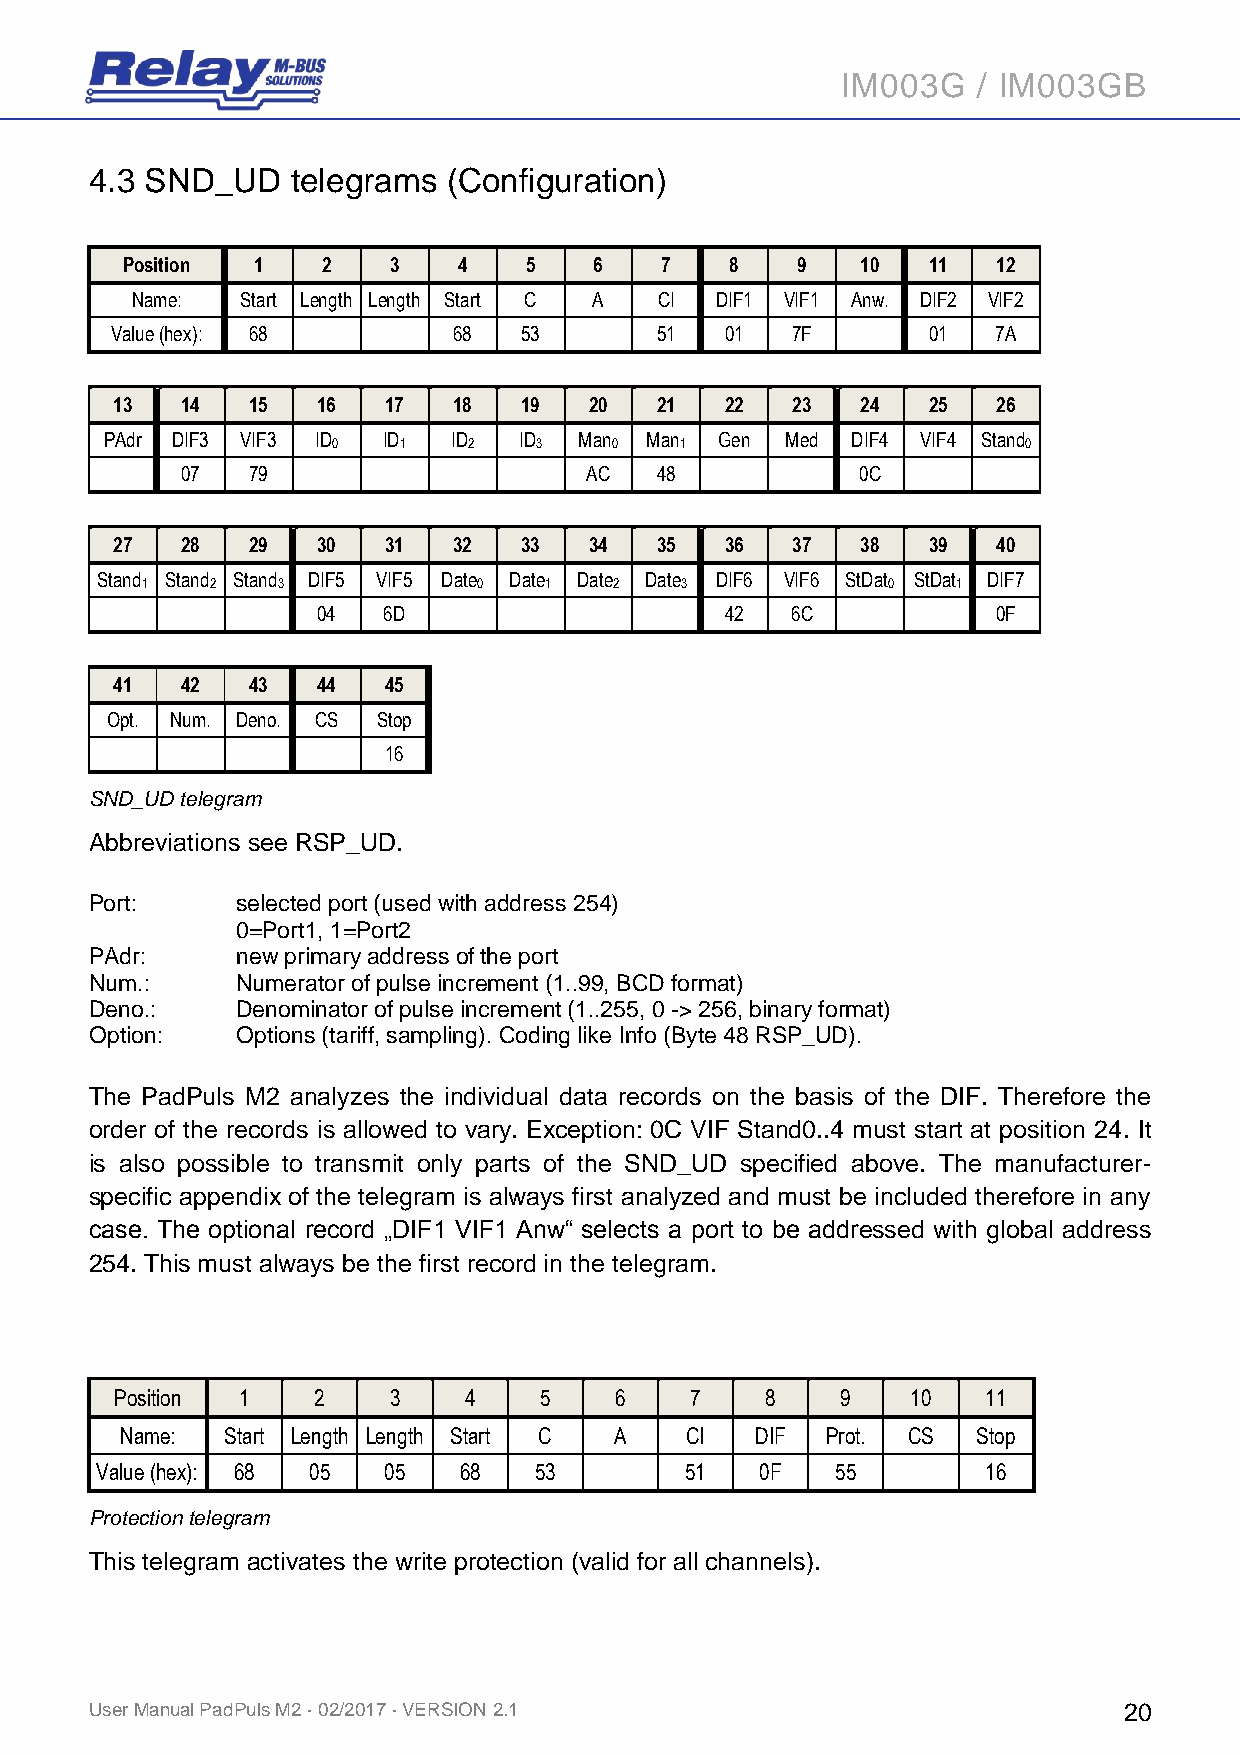
IM003G   / IM003GB
 4.3 SND_UD   telegrams  (Configuration)
 Position 1   2    3   4    5   6    7   8    9   10  11   12
 Name:  Start Length Length Start C A CI DIF1 VIF1 Anw. DIF2 VIF2
 Value (hex): 68        68  53       51   01  7F       01   7A
 13   14  15   16  17   18  19   20  21   22  23   24  25   26
 PAdr DIF3 VIF3 ID ID   ID  ID  Man  Man  Gen Med DIF4 VIF4 Stand
 0   1    2   3    0    1                      0
 07  79                     AC  48            0C
 27   28  29   30  31   32  33   34  35   36  37   38  39   40
 Stand Stand Stand DIF5 VIF5 Date Date Date Date DIF6 VIF6 StDat StDat DIF7
 1    2   3             0   1    2   3             0   1
 04  6D                     42  6C            0F
 41   42  43   44  45
 Opt. Num. Deno. CS Stop
 16
 SND_UD telegram
 Abbreviations see RSP_UD.
 Port:     selected port (used with address 254)
 0=Port1, 1=Port2
 PAdr:     new primary address of the port
 Num.:     Numerator of pulse increment (1..99, BCD format)
 Deno.:    Denominator of pulse increment (1..255, 0 -> 256, binary format)
 Option:   Options (tariff, sampling). Coding like Info (Byte 48 RSP_UD).
 The PadPuls M2 analyzes the individual data records on the basis of the DIF. Therefore the
 order of the records is allowed to vary. Exception: 0C VIF Stand0..4 must start at position 24. It
 is also possible to transmit only parts of the SND_UD specified above. The manufacturer-
 specific appendix of the telegram is always first analyzed and must be included therefore in any
 case. The optional record „DIF1 VIF1 Anw“ selects a port to be addressed with global address
 254. This must always be the first record in the telegram.
 Position 1   2    3    4    5    6    7    8    9   10   11
 Name:  Start Length Length Start C A CI   DIF  Prot. CS  Stop
 Value (hex): 68 05 05   68   53        51   0F   55        16
 Protection telegram
 This telegram activates the write protection (valid for all channels).
 User Manual PadPuls M2 · 02/2017 · VERSION 2.1                      20